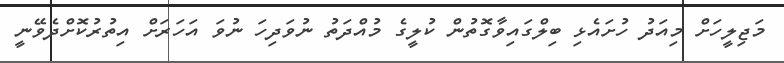
މަޖިލީހަށް މިއަދު ހުށައެޅި ބިލްގައިވާގޮތުން ކުލީގެ މުއްދަތު ނުވަދިހަ ނުވަ އަހަރަށް އިތުރުކޮށްދެވޭނީ